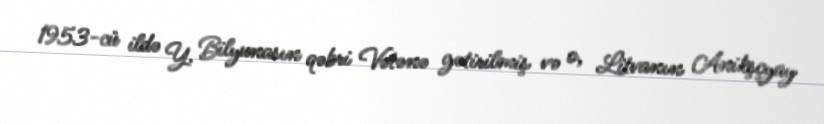
1953-cü ildə Y. Bilyunasın qəbri Vətənə gətirilmiş və o, Litvanın Anikşçyay